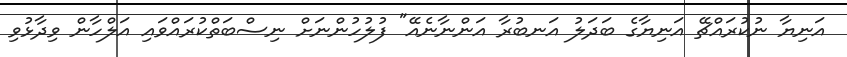
އަނިޔާ ނުކުރައްޗޭ އަނިޔާގެ ބަދަލު އަނބުރާ އަންނާނެއޭ" ފުލުހުންނަށް ނިސްބަތްކުރައްވައި އަލްހާން ވިދާޅުވި